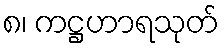
၈၊ ကဋ္ဌဟာရသုတ်